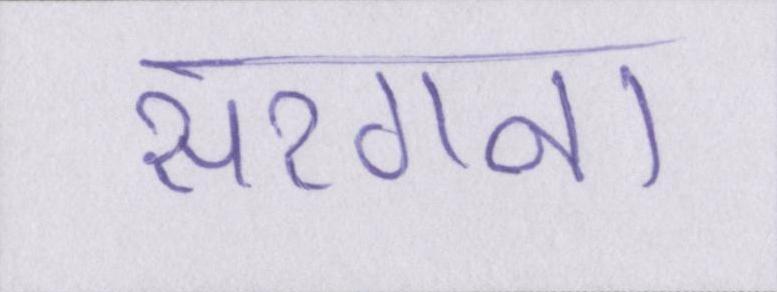
सरगना